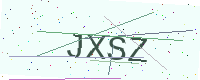
Text: JXSZ